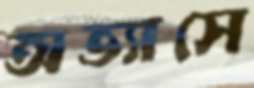
অভ্যাসে